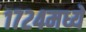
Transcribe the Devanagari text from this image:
१७२४मध्ये